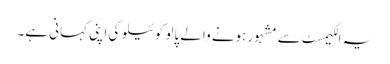
یہ الکیمسٹ سے مشہور ہونے والے پالو کوئیلو کی اپنی کہانی ہے۔